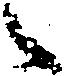
々